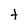
Character: t